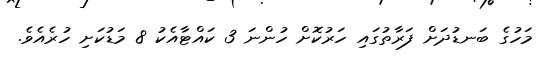
މަހުގެ ބަނޑުދަށް ފަރާތުގައި ހަރުކޮށް ހުންނަ 3 ކައްޓާއެކު 8 މަޑުކަށި ހުރެއެވެ.